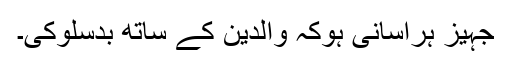
جہیز ہراسانی ہوکہ والدین کے ساتھ بدسلوکی۔